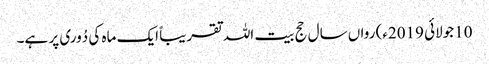
10جولائی 2019ء) رواں سال حج بیت اللہ تقریباً ایک ماہ کی دُوری پر ہے۔